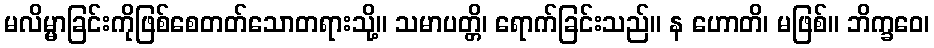
မလိမ္မာခြင်းကိုဖြစ်စေတတ်သောတရားသို့။ သမာပတ္တိ၊ ရောက်ခြင်းသည်။ န ဟောတိ၊ မဖြစ်။ ဘိက္ခဝေ၊